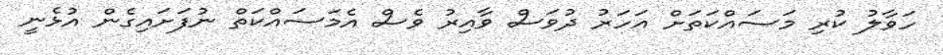
ހަވާލު ކުރި މަސައްކަތަށް އަހަރު ދުވަސް ވާއިރު ވެސް އެމަަސައްކަތް ނުފަށައިގެން އުޅެނީ